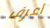
أعرف